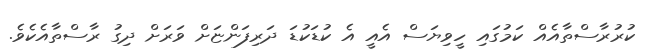
ކުރުރާސްތާއެއް ކަމުގައި ހީވިޔަސް އެއީ އެ ކުޑަކުޑަ ދަރިފަންޏަށް ވަރަށް ދިގު ރާސްތާއެކެވެ.